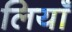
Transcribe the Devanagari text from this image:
लियाँ